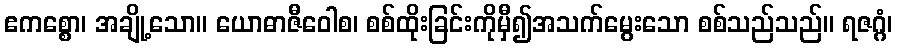
ဧကစ္စော၊ အချို့သော။ ယောဓာဇီဝေါစ၊ စစ်ထိုးခြင်းကိုမှီ၍အသက်မွေးသော စစ်သည်သည်။ ရဇဂ္ဂံ၊